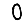
Digit: 0